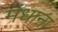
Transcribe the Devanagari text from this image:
मंधाना